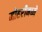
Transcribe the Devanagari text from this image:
मोहरीमध्ये